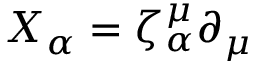
{ \cal X } _ { \alpha } = \zeta _ { \alpha } ^ { \mu } \partial _ { \mu }